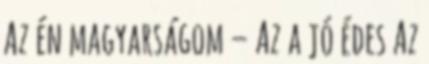
Az én magyarságom – Az a jó édes Az